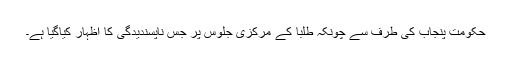
حکومت پنجاب کی طرف سے چونکہ طلبا کے مرکزی جلوس پر جس ناپسندیدگی کا اظہار کیاگیا ہے۔